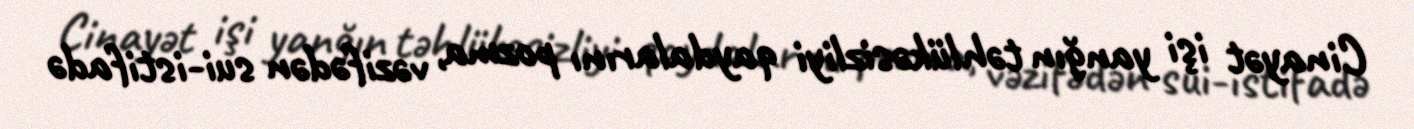
Cinayət işi yanğın təhlükəsizliyi qaydalarını pozma, vəzifədən sui-istifadə